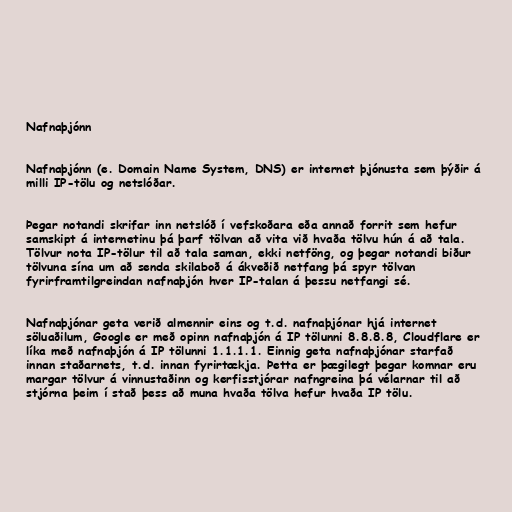
Nafnaþjónn

Nafnaþjónn (e. Domain Name System, DNS) er internet þjónusta sem þýðir á
milli IP-tölu og netslóðar.

Þegar notandi skrifar inn netslóð í vefskoðara eða annað forrit sem hefur
samskipt á internetinu þá þarf tölvan að vita við hvaða tölvu hún á að tala.
Tölvur nota IP-tölur til að tala saman, ekki netföng, og þegar notandi biður
tölvuna sína um að senda skilaboð á ákveðið netfang þá spyr tölvan
fyrirframtilgreindan nafnaþjón hver IP-talan á þessu netfangi sé.

Nafnaþjónar geta verið almennir eins og t.d. nafnaþjónar hjá internet
söluaðilum, Google er með opinn nafnaþjón á IP tölunni 8.8.8.8, Cloudflare er
líka með nafnaþjón á IP tölunni 1.1.1.1. Einnig geta nafnaþjónar starfað
innan staðarnets, t.d. innan fyrirtækja. Þetta er þægilegt þegar komnar eru
margar tölvur á vinnustaðinn og kerfisstjórar nafngreina þá vélarnar til að
stjórna þeim í stað þess að muna hvaða tölva hefur hvaða IP tölu.